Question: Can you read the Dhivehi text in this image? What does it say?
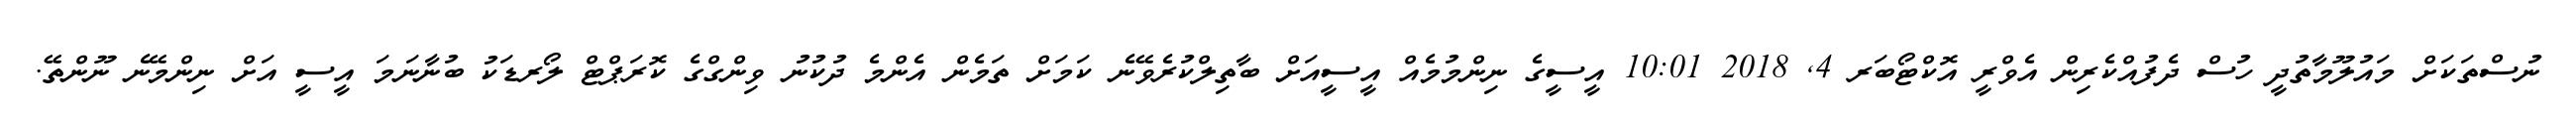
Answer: ނުސްތަކަށް މައުލޫމާތުދީ ހުސް ދެފުއްކެރިން އެވްރީ އޮކްޓޯބަރ 4, 2018 10:01 އީސީގެ ނިންމުމެއް އީސީއަށް ބާތިލްކުރެވޭނެ ކަމަށް ތަމެން އެންމެ ދުކުނު ވިންގްގެ ކޮރަޕްޓް ލޯރޑަކު ބުނާނަމަ އީސީ އަށް ނިންމޭނެ ނޫންތޭ.